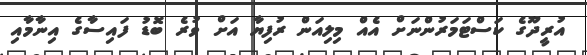
އުރީދޫގެ ކަސްޓަމަރުންނަށް އެއް މިލިއަން ރުފިޔާ އަށް ވުރެ ބޮޑު ފައިސާގެ އިނާމާއި